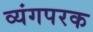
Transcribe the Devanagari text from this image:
व्यंगपरक